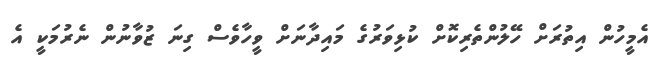
އެމީހުން އިތުރަށް ހޭލުންތެރިކޮށް ކުޅިވަރުގެ މައިދާނަށް ވީހާވެސް ގިނަ ޒުވާނުން ނެރުމަކީ އެ